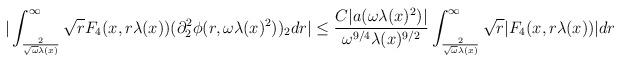
LaTeX: \begin{align*} |\int_{\frac{2}{\sqrt{\omega}\lambda(x)}}^{\infty} \sqrt{r} F_{4}(x,r\lambda(x)) (\partial_{2}^{2}\phi(r,\omega\lambda(x)^{2}))_{2} dr|&\leq \frac{C |a(\omega\lambda(x)^{2})|}{\omega^{9/4}\lambda(x)^{9/2}} \int_{\frac{2}{\sqrt{\omega}\lambda(x)}}^{\infty} \sqrt{r}|F_{4}(x,r\lambda(x))| dr\end{align*}